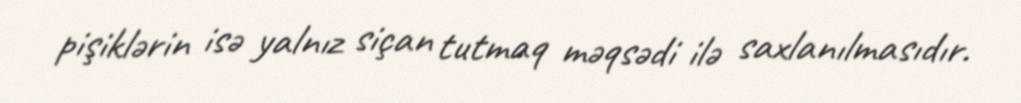
pişiklərin isə yalnız siçan tutmaq məqsədi ilə saxlanılmasıdır.